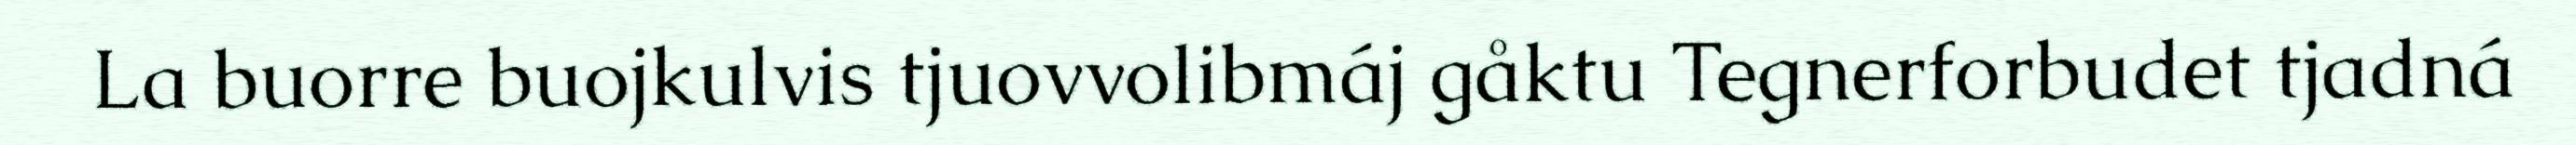
La buorre buojkulvis tjuovvolibmáj gåktu Tegnerforbudet tjadná